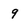
Character: 9